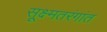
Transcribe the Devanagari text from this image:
सूक्ष्मतरंगांत